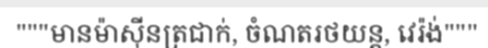
"""មានម៉ាស៊ីនត្រជាក់, ចំណតរថយន្ត, វេរ៉ង់"""